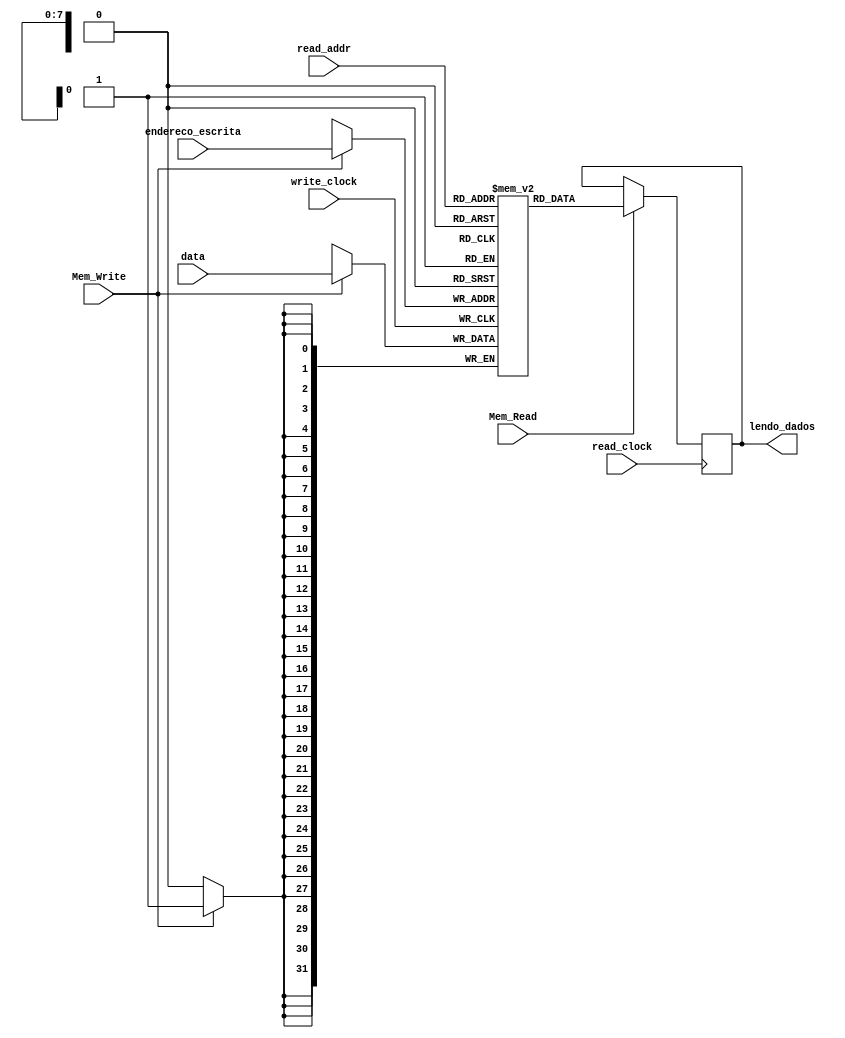
// Quartus Prime Verilog Template
// Simple Dual Port RAM with separate read/write addresses and
// separate read/write clocks

module Memoria_de_Dados
#(parameter DATA_WIDTH=32, parameter ADDR_WIDTH=8)
(
	input [(DATA_WIDTH-1):0] data,
	input [(ADDR_WIDTH-1):0] read_addr, endereco_escrita,
	input Mem_Write, Mem_Read, read_clock, write_clock,
	output reg [(DATA_WIDTH-1):0] lendo_dados
);
	
	// Declare the RAM variable
	reg [DATA_WIDTH-1:0] ram[2**ADDR_WIDTH-1:0];
	
	always @ (posedge write_clock)
	begin
		// Write
		if (Mem_Write) //exemplo : sw (store word)
			ram[endereco_escrita] <= data;
	end
	
	always @ (posedge read_clock)
	begin
		// Read 
		if (Mem_Read) //exemplo : lw (load word)
			lendo_dados <= ram[read_addr];
	end
	
endmodule